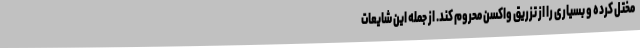
مختل کرده و بسیاری را از تزریق واکسن محروم کند. از جمله این شایعات